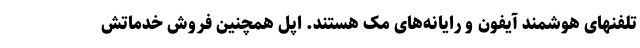
تلفنهای هوشمند آیفون و رایانه‌های مک هستند. اپل همچنین فروش خدماتش